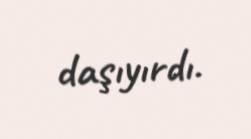
daşıyırdı.